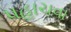
પહાચવા